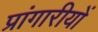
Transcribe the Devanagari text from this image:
प्रांगारीयों